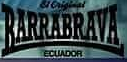
BARRABRAVA